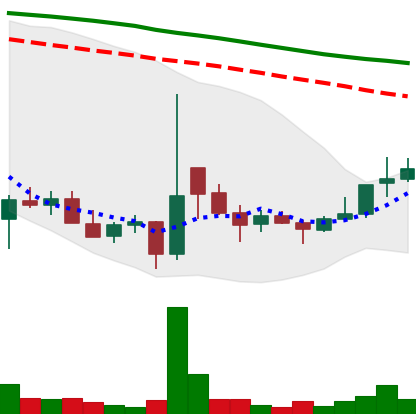
Ticker: DOGE-USD
Chart end date: 2021-12-25
Forward return: -10.146%
Label: down_7plus